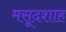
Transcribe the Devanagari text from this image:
मसूदशाह